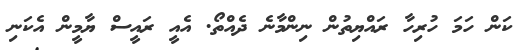
ކަން ހަމަ ހުރިހާ ރައްޔިތުން ނިންމާނެ ދެއްތޯ. އެއީ ރައީސް ޔާމީން އެކަނި